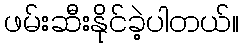
ဖမ်းဆီးနိုင်ခဲ့ပါတယ်။